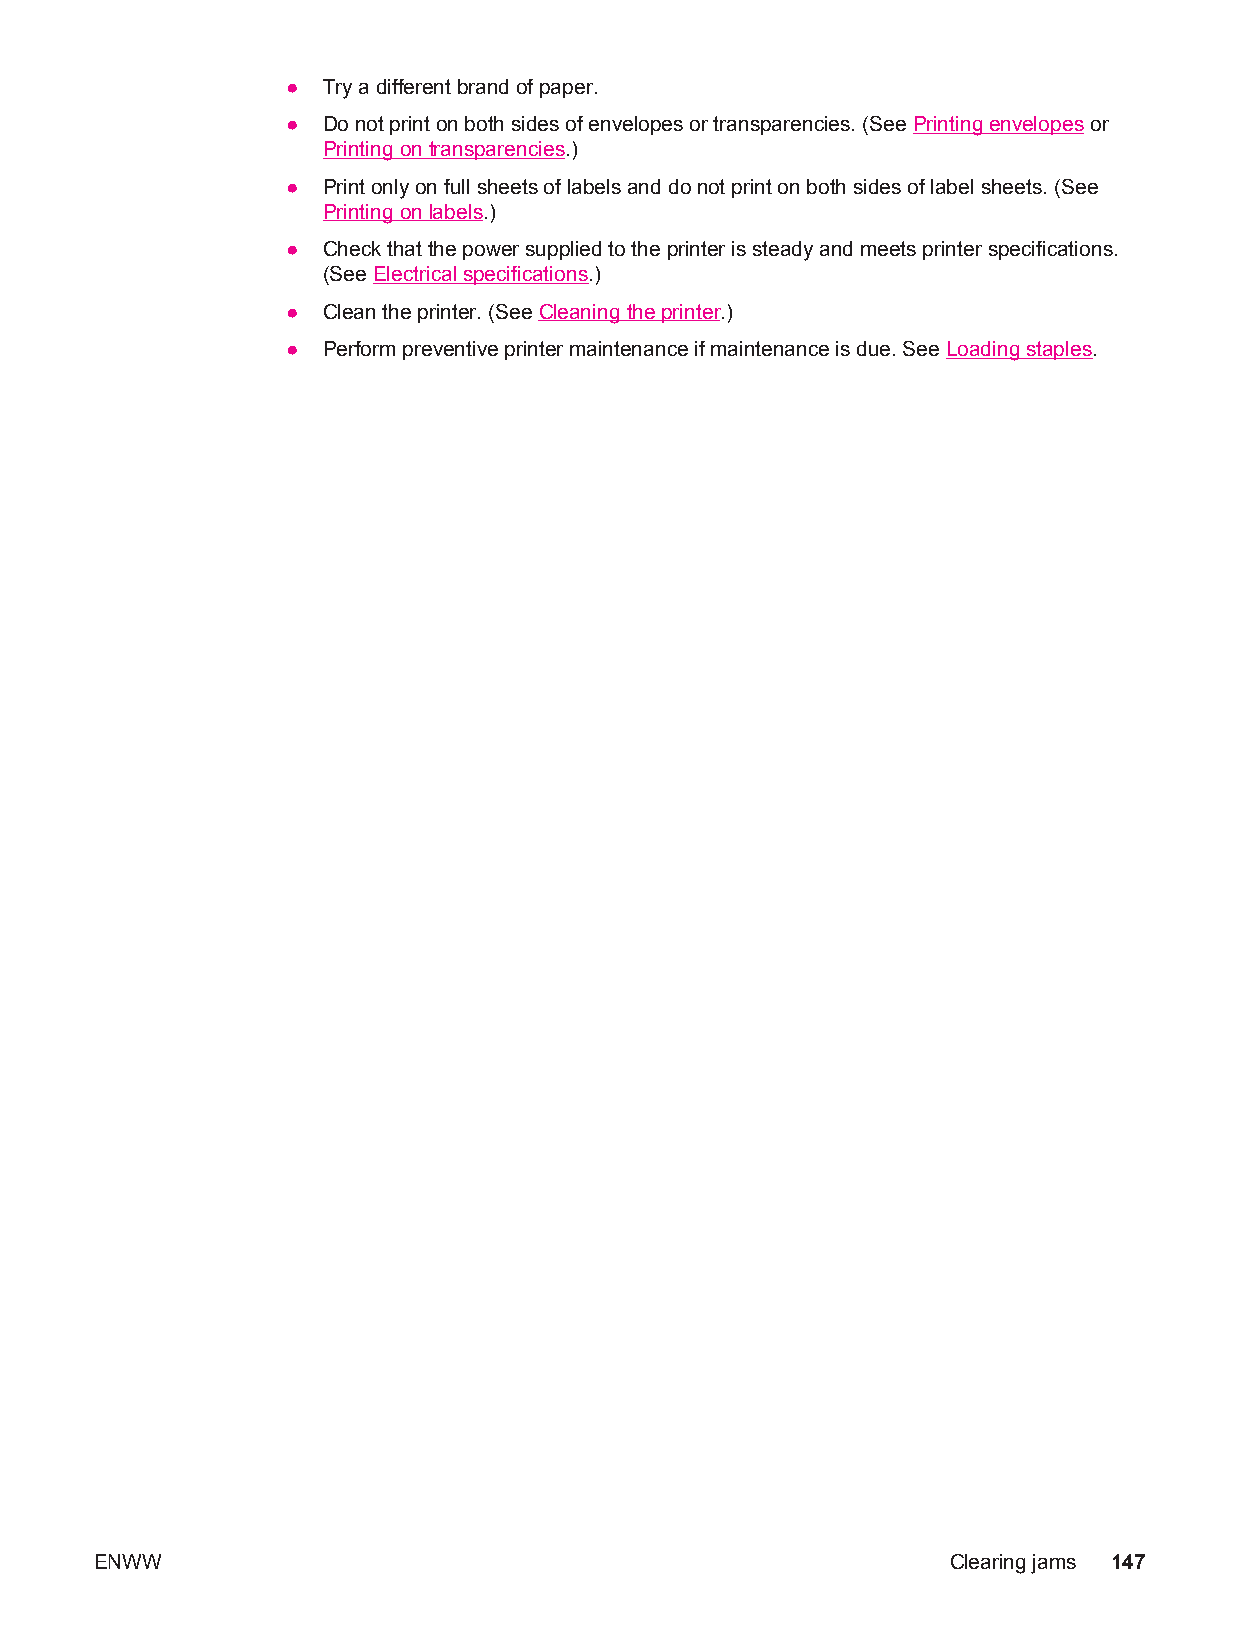
● Try a different brand of paper.
 ● Do not print on both sides of envelopes or transparencies. (See Printing envelopes or
 Printing on transparencies.)
 ● Print only on full sheets of labels and do not print on both sides of label sheets. (See
 Printing on labels.)
 ● Check that the power supplied to the printer is steady and meets printer specifications.
 (See Electrical specifications.)
 ● Clean the printer. (See Cleaning the printer.)
 ● Perform preventive printer maintenance if maintenance is due. See Loading staples.
 ENWW                                                     Clearing jams 147